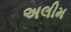
અલીમ